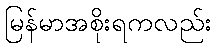
မြန်မာအစိုးရကလည်း